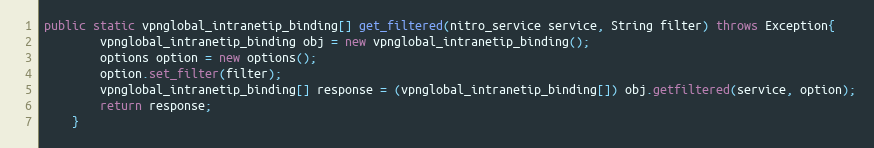
Language: Java
public static vpnglobal_intranetip_binding[] get_filtered(nitro_service service, String filter) throws Exception{
		vpnglobal_intranetip_binding obj = new vpnglobal_intranetip_binding();
		options option = new options();
		option.set_filter(filter);
		vpnglobal_intranetip_binding[] response = (vpnglobal_intranetip_binding[]) obj.getfiltered(service, option);
		return response;
	}